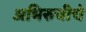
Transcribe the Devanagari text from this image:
अभिरुचीचे